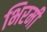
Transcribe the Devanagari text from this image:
भिरमी